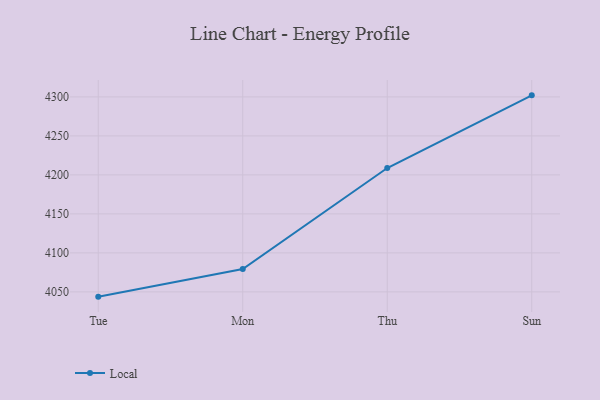
{"axis": {"x": "Day", "y": "Bounce Rate (%)"}, "legend": ["Local"], "data": [{"x": "Tue", "y": 4043.9, "type": "Local"}, {"x": "Mon", "y": 4079.4, "type": "Local"}, {"x": "Thu", "y": 4208.8, "type": "Local"}, {"x": "Sun", "y": 4302.0, "type": "Local"}]}